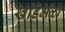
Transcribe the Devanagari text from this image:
खाडेमळा